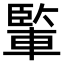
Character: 𨍒